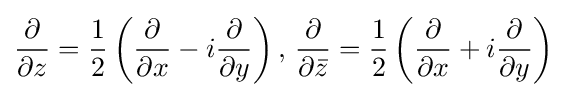
{\frac {\partial }{\partial z}}={\frac {1}{2}}\left({\frac {\partial }{\partial x}}-i{\frac {\partial }{\partial y}}\right),\,{\frac {\partial }{\partial {\bar {z}}}}={\frac {1}{2}}\left({\frac {\partial }{\partial x}}+i{\frac {\partial }{\partial y}}\right)